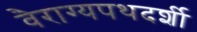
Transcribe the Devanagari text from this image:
वैराग्यपथदर्शी